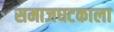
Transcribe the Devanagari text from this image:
समाजघटकाला